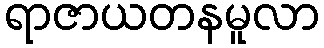
ရာဇာယတနမူလာ